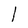
Character: l